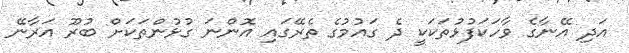
އަދި އޭނާގެ ވާހަކަފުޅުތަކަކީ ދެ ގައުމުގެ ތެރޭގައި އޮންނަ ގުޅުންތަކަށް ބުރޫ އަރާނޭ